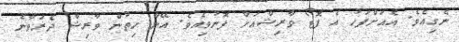
ނެގިއެވެ. އެއަށްފަހު އެ ފޮޓޯ ވާރިޝްއަށް ފޮނުވިއެވެ. އޭނާ ހިތުން ވާރިޝް ދެރަވާނެ